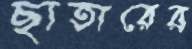
ছাতারের